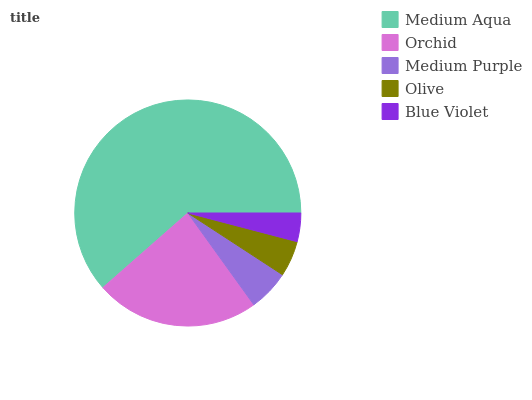
| Medium Aqua | Orchid | Medium Purple | Olive | Blue Violet |
 | --- | --- | --- | --- | --- |
 | 61.5% | 23.4% | 5.88% | 5.13% | 4.08% |